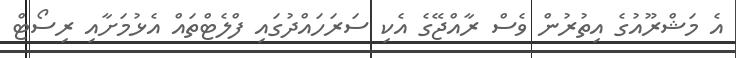
އެ މަޝްރޫއުގެ އިތުރުން ވެސް ރާއްޖޭގެ އެކި ސަރަހައްދުގައި ފްލެޓްތައް އެޅުމަށާއި ރިސޯޓް